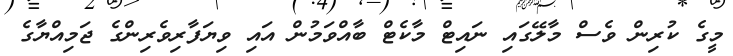
މީގެ ކުރިން ވެސް މާލޭގައި ނައިޓް މާކެޓް ބާއްވަމުން އައި ވިޔަފާރިވެރިންގެ ޖަމިއްޔާގެ